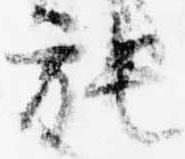
施